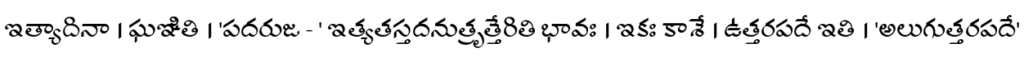
ఇత్యాదినా । ఘఞితి । 'పదరుజ - ' ఇత్యతస్తదనుత్రృత్తేరితి భావః । ఇకః కాశే । ఉత్తరపదే ఇతి । 'అలుగుత్తరపదే'